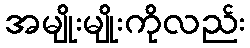
အမျိုးမျိုးကိုလည်း